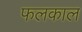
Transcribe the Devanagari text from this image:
फलकाल